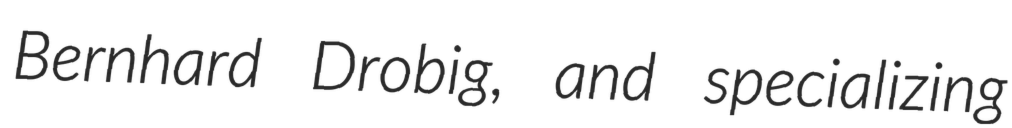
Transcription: Bernhard Drobig, and specializing